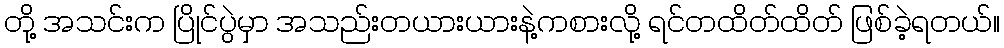
တို့ အသင်းက ပြိုင်ပွဲမှာ အသည်းတယားယားနဲ့ကစားလို့ ရင်တထိတ်ထိတ် ဖြစ်ခဲ့ရတယ်။